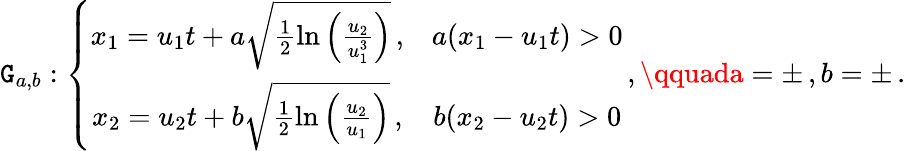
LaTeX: \mathtt{G}_{a,b}:\left\{ \begin{array}{cc}{x_{1}=u_{1}t+a\sqrt{\frac{1}{2}\ln\left(\frac{u_{2}}{u_{1}^{3}}\right)}\, ,}&{a(x_{1}-u_{1}t)>0}\\ {x_{2}=u_{2}t+b\sqrt{\frac{1}{2}\ln\left(\frac{u_{2}}{u_{1}}\right)}\, ,}&{b(x_{2}-u_{2}t)>0}\end{array}\right.\, ,\qquada=\pm\, ,b=\pm\, .